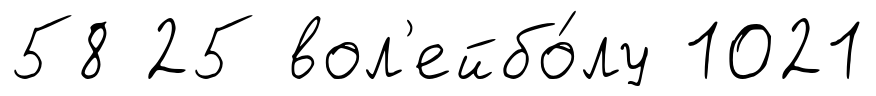
58 25 вол'ейбо́лу 1021